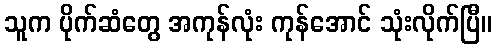
သူက ပိုက်ဆံတွေ အကုန်လုံး ကုန်အောင် သုံးလိုက်ပြီ။